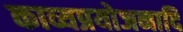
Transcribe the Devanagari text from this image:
काव्यप्रयोजनादि